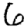
Digit: 6